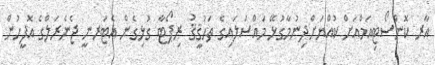
އާރ ކޮންސޯޓިއަމްއަށް ކުއްޔަށްދިނުމާގުޅޭ މައްސަލައިގެ ތަޙުޤީޤު ރިޕޯޓާ ގުޅިގެން އެޓަރނީ ޖެނެރަލްގެ އޮފީހުން